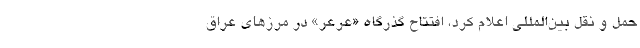
حمل و نقل بین‌المللی اعلام کرد، افتتاح گذرگاه «عرعر» در مرزهای عراق